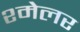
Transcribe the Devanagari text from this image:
श्मेलर